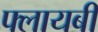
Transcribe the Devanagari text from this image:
फ्लायबी